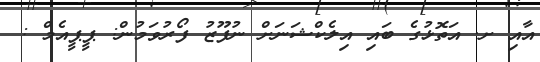
އާއި ށ. އަތޮޅުގެ ބައި އިލެކްޝަނަށް ނުފޫޒު ފޯރުވަމުން: ޕީޕީއެމް :